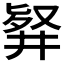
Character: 𠭢